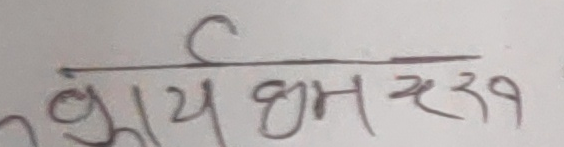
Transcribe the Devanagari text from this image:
भाय धाम २३१